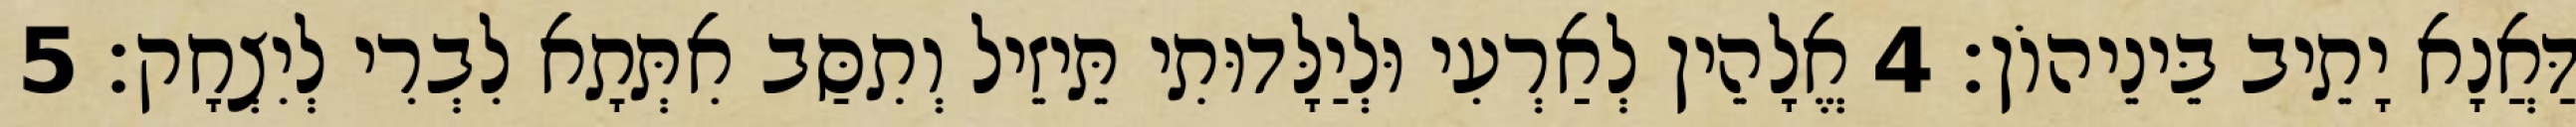
דַּאֲנָא יָתֵיב בֵּינֵיהוֹן׃ 4 אֱלָהֵין לְאַרְעִי וּלְיַלָּדוּתִי תֵּיזֵיל וְתִסַּב אִתְּתָא לִבְרִי לְיִצְחָק׃ 5